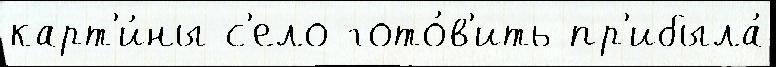
карт'и́ны с'ело гото́в'ить пр'ибыла́